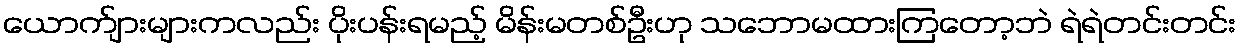
ယောက်ျားများကလည်း ပိုးပန်းရမည့် မိန်းမတစ်ဦးဟု သဘောမထားကြတော့ဘဲ ရဲရဲတင်းတင်း